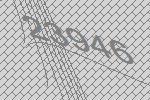
23946